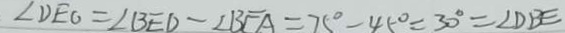
\angle D E O = \angle B E D - \angle B E A = 7 5 ^ { \circ } - 4 5 ^ { \circ } = 3 0 ^ { \circ } = \angle D B E